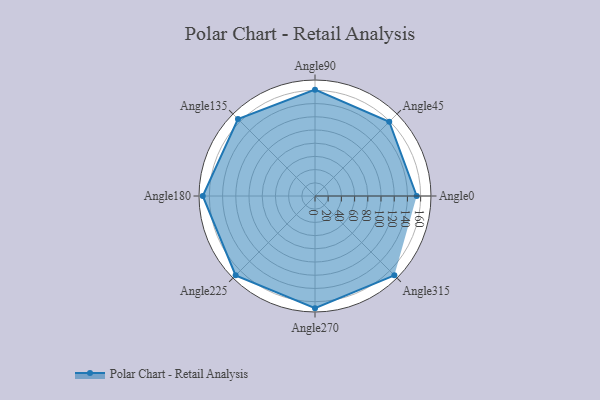
{"axis": {"x": "Angle", "y": "Radius"}, "legend": [""], "data": [{"x": "Angle0", "y": 154.0, "type": ""}, {"x": "Angle45", "y": 159.0, "type": ""}, {"x": "Angle90", "y": 161.0, "type": ""}, {"x": "Angle135", "y": 165.0, "type": ""}, {"x": "Angle180", "y": 170, "type": ""}, {"x": "Angle225", "y": 170, "type": ""}, {"x": "Angle270", "y": 170, "type": ""}, {"x": "Angle315", "y": 170, "type": ""}]}